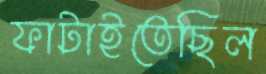
ফাটাইতেছিল